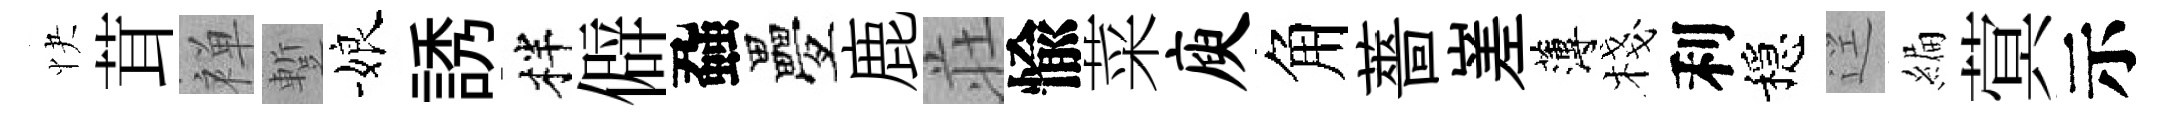
快茸禅蹔娘誘柈僻蝨疊鹿荘愉菜庾角薔嵳薄棧利穩逕編蓂示